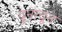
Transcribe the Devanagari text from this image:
दूनादून